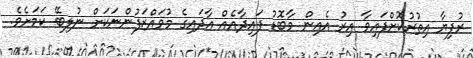
ރުފިޔާ އިތުރުކޮށްފައިވާ އިރު އެއިން މާބޮޑު ފައިދާއެއް އާދައިގެ މުވައްޒަފުންނަކަށް ނުލިބޭ ކަމަށެވެ.